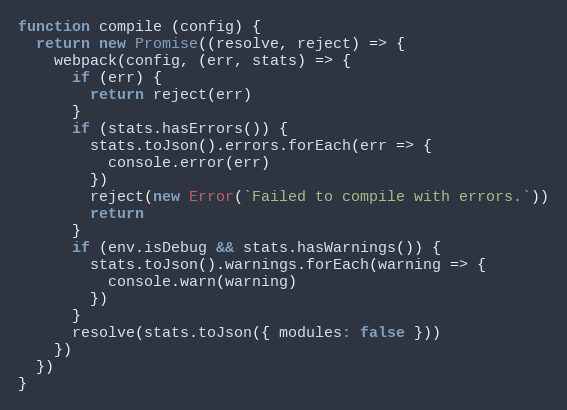
Language: JavaScript
function compile (config) {
  return new Promise((resolve, reject) => {
    webpack(config, (err, stats) => {
      if (err) {
        return reject(err)
      }
      if (stats.hasErrors()) {
        stats.toJson().errors.forEach(err => {
          console.error(err)
        })
        reject(new Error(`Failed to compile with errors.`))
        return
      }
      if (env.isDebug && stats.hasWarnings()) {
        stats.toJson().warnings.forEach(warning => {
          console.warn(warning)
        })
      }
      resolve(stats.toJson({ modules: false }))
    })
  })
}